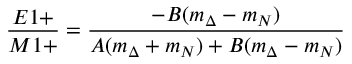
\frac { E 1 + } { M 1 + } = \frac { - B ( m _ { \Delta } - m _ { N } ) } { A ( m _ { \Delta } + m _ { N } ) + B ( m _ { \Delta } - m _ { N } ) }